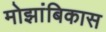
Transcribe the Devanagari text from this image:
मोझांबिकास